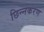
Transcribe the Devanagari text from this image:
छिन्नकरण